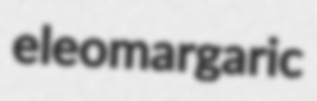
eleomargaric